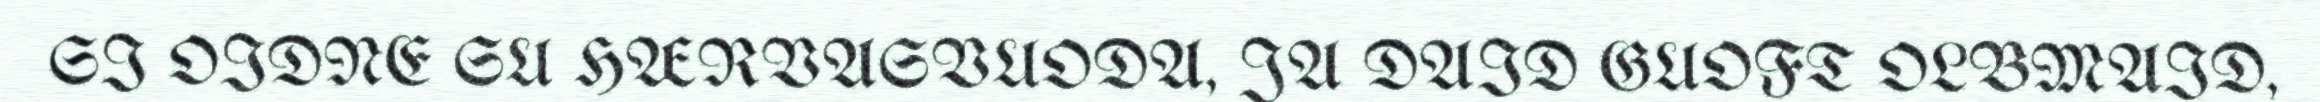
SI OIDNE SU HÆRVASVUODA, JA DAID GUOFT OLBMAID,